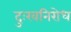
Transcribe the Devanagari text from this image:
दुःखनिरोध